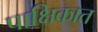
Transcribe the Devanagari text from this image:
पाक्षिकात